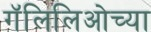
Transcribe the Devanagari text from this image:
गॅलिलिओच्या